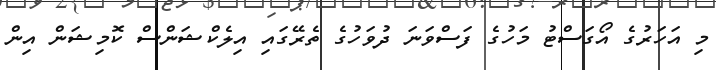
މި އަހަރުގެ އޯގަސްޓު މަހުގެ ފަސްވަނަ ދުވަހުގެ ތެރޭގައި އިލެކްޝަންސް ކޮމިޝަން އިން